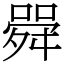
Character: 䑝